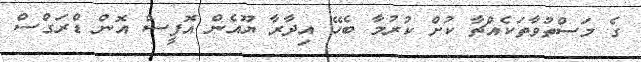
ގެ މަސްތުވާތަކެއްޗާ ކުށް ކުރުމާ ބެހޭ އިދާރާ ޔޫއެން އޮފީސް އޮން ޑްރަގްސް